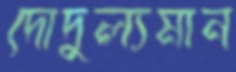
দোদুল্যমান